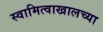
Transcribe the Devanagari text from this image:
स्वामित्वाखालच्या